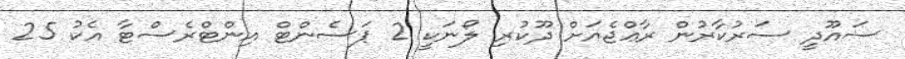
ސައޫދީ ސަރުކާރުން ރާޢްޖެއަށް ދޫކުރި ލޯނަކީ 2 ޕަސެންޓް އިންޓްރެސްޓާ އެކު 25